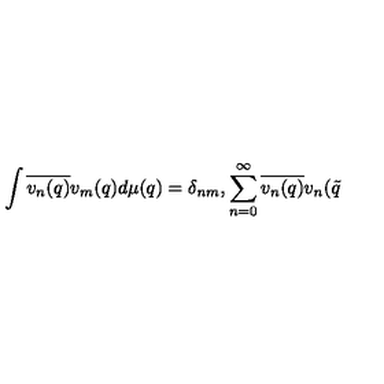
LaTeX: \int \overline { { v _ { n } ( q ) } } v _ { m } ( q ) d \mu ( q ) = \delta _ { n m } , \sum _ { n = 0 } ^ { \infty } \overline { { v _ { n } ( q ) } } v _ { n } ( \tilde { q }